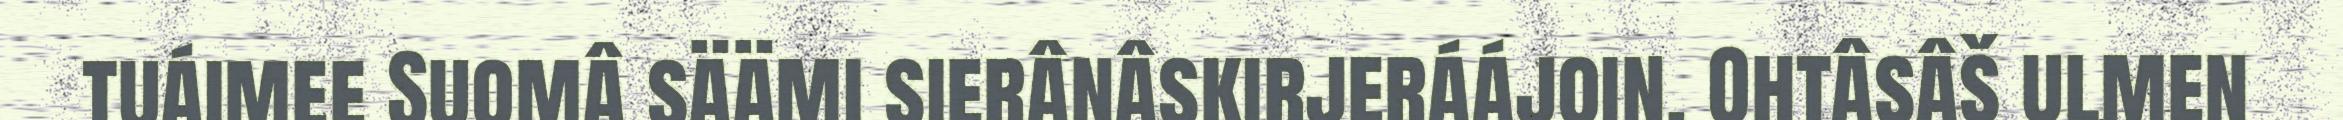
tuáimee Suomâ säämi sierânâskirjeráájoin. Ohtâsâš ulmen